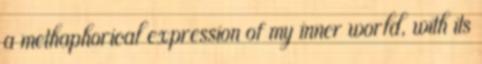
a methaphorical expression of my inner world, with its